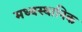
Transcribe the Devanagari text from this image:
मध्यस्थानिक